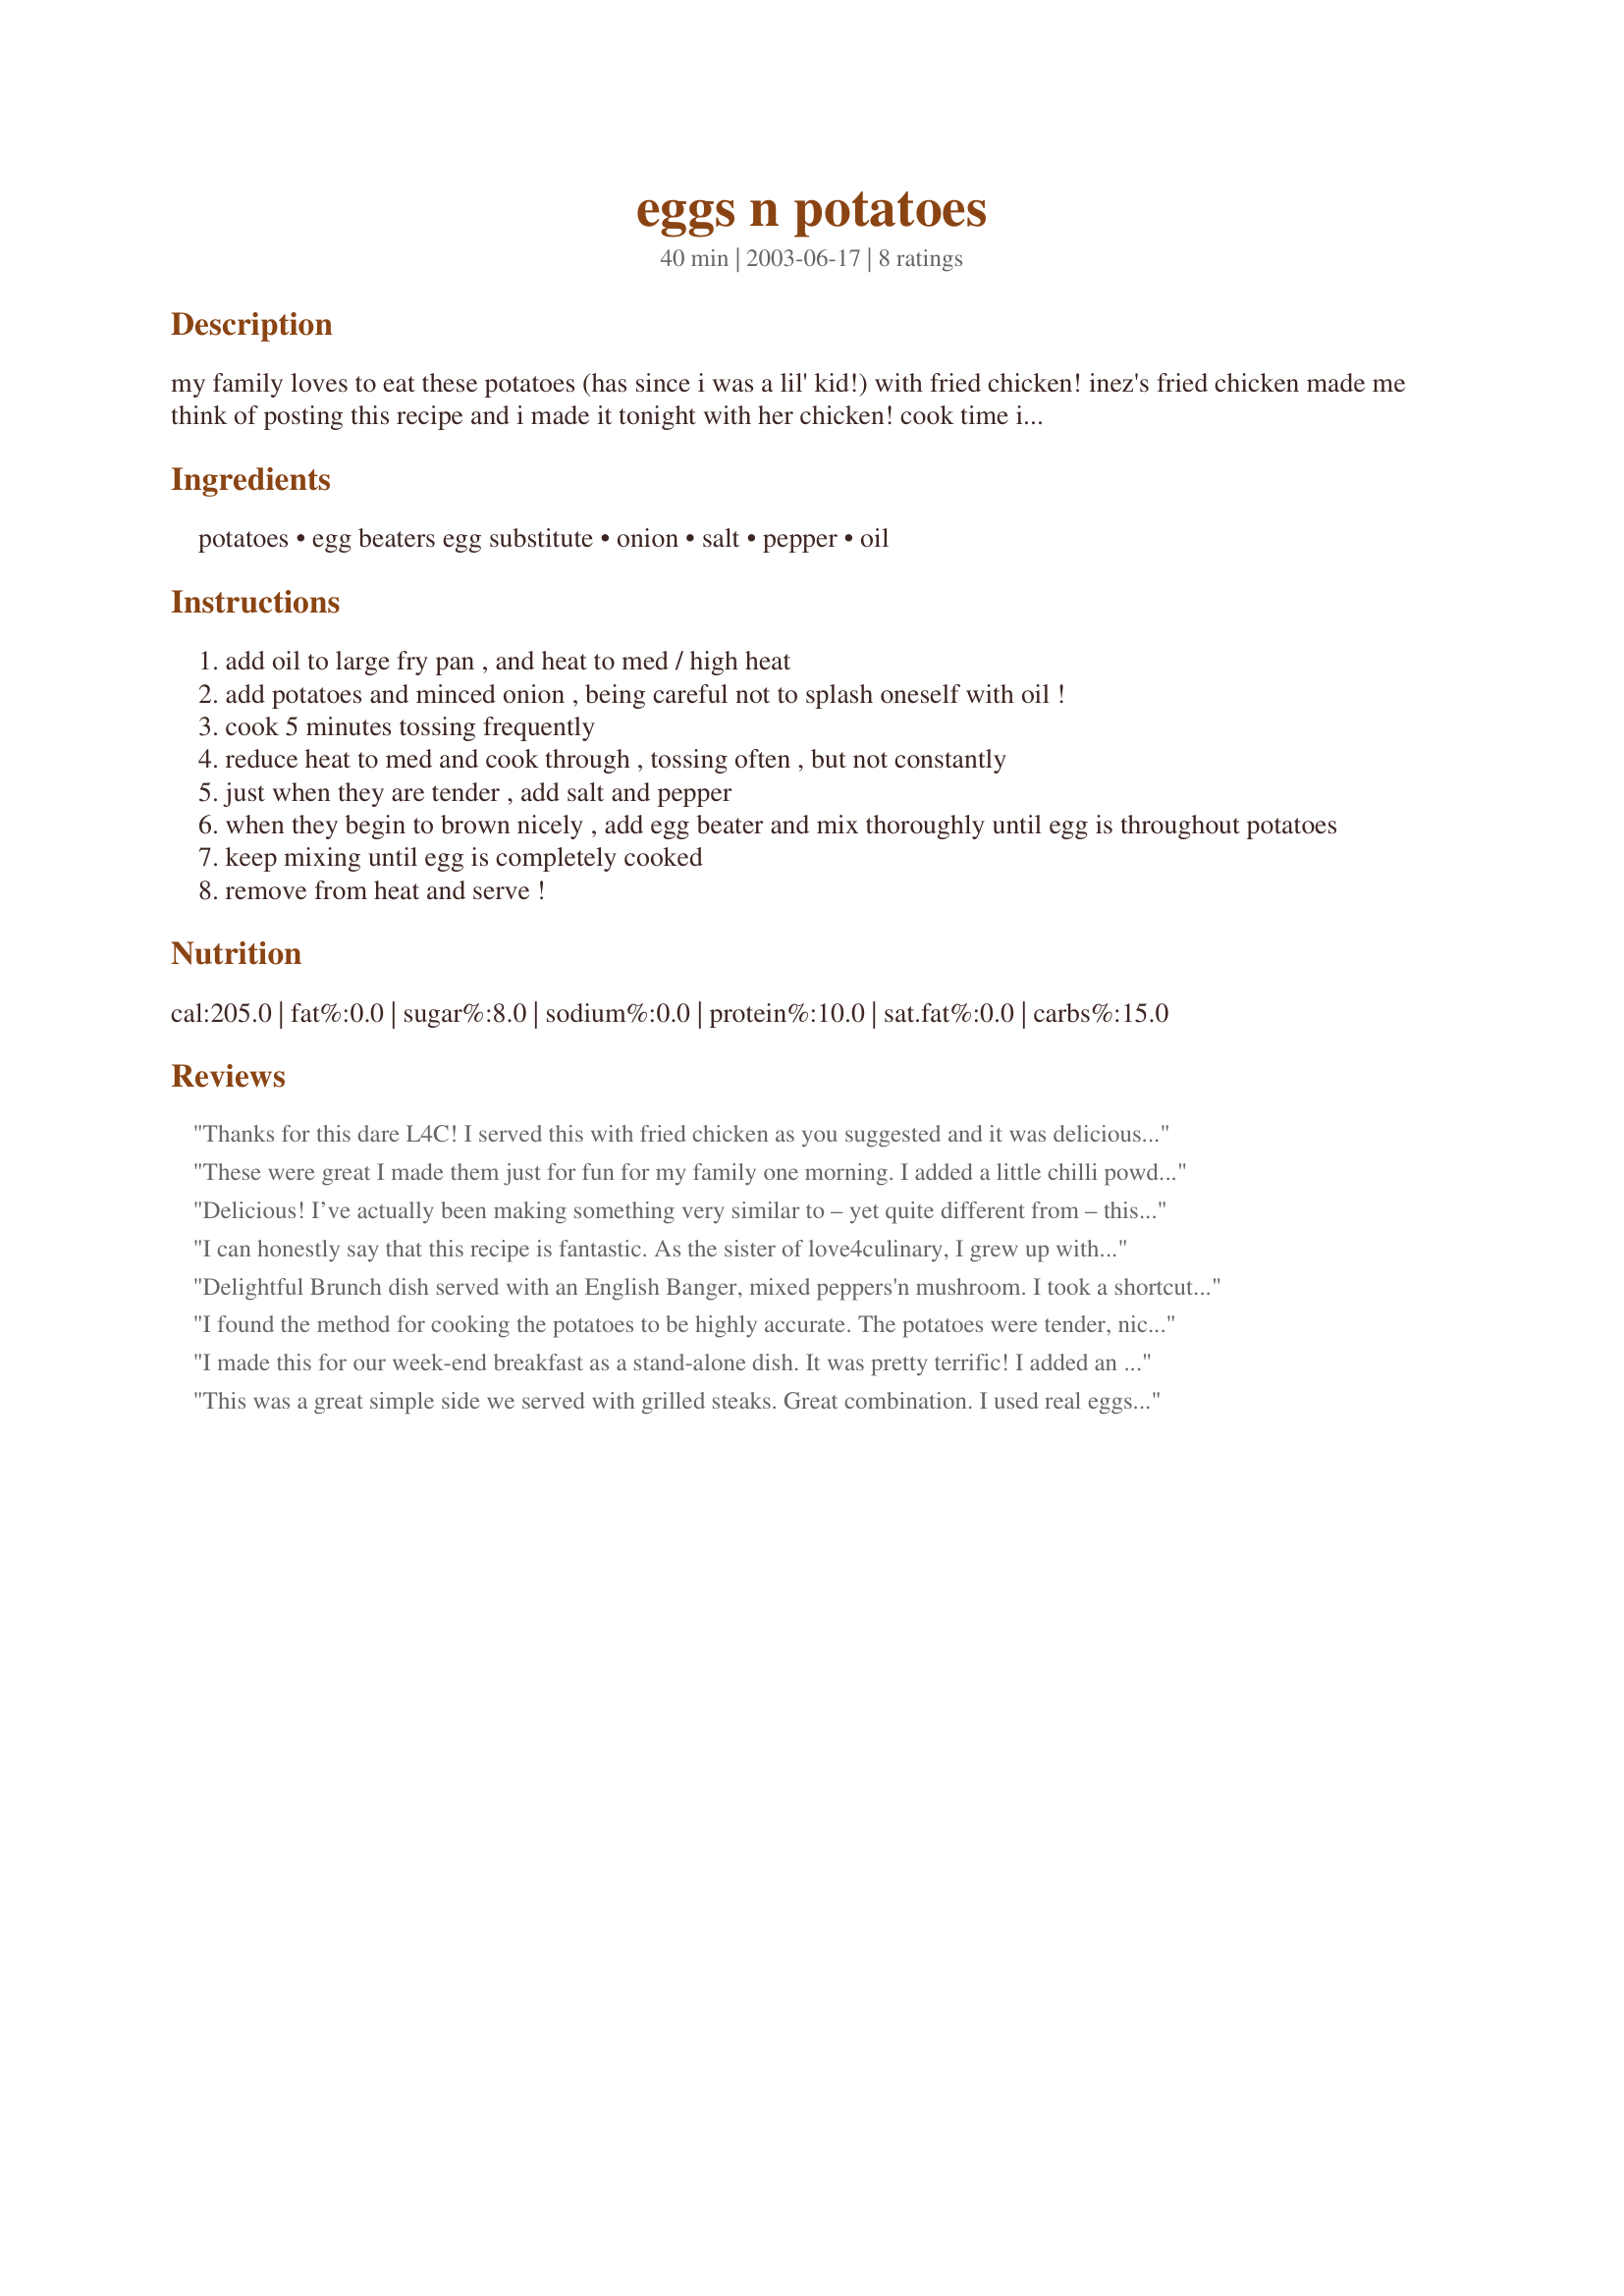
eggs n potatoes
Preparation time: 40 minutes

my family loves to eat these potatoes (has since i was a lil' kid!) with fried chicken! inez's fried chicken made me think of posting this recipe and i made it tonight with her chicken! cook time is an estimate... it can vary!

Ingredients:
potatoes, egg beaters egg substitute, onion, salt, pepper, oil

Steps:
add oil to large fry pan , and heat to med / high heat
add potatoes and minced onion , being careful not to splash oneself with oil !
cook 5 minutes tossing frequently
reduce heat to med and cook through , tossing often , but not constantly
just when they are tender , add salt and pepper
when they begin to brown nicely , add egg beater and mix thoroughly until egg is throughout potatoes
keep mixing until egg is completely cooked
remove from heat and serve !

Reviews:
Thanks for this dare L4C! I served this with fried chicken as you suggested and it was delicious. The only change I made was to add some shredded cheddar with the eggs. The children really enjoyed this and my son suggested making this for a breakfast dish also. I think I may try that when school begins again. If I do, I'll probably add in some bacon or cubed ham and serve with biscuits for a quick delicious breakfast!
These were great I made them just for fun for my family one morning. I added a little chilli powder to add a little more flavor, but they&#039;re great by themselves.
Delicious! I’ve actually been making something very similar to – yet quite different from – this recipe for years. The proportions of potatoes to eggs are quite different: I’ve used considerably less potato and rather more egg. I’ve added garlic in with the potatoes when they were first added to the pan; and once the beaten eggs (to which I’ve added herbs) were poured over the potatoes and have begun to set, I’ve usually added a handful of grated cheese; then stuck the pan under the grill for a minute or two. This dish I’ve always called a chip omelet! love4culinary’s Eggs n' Potatoes recipe: much the same ingredients, VERY different final result! Except for adding chopped garlic with the onion into the pan with the finely diced potatoes, and then adding some oregano in with the eggs, I made this dish exactly according to love 4culinary’s ratio of potato to eggs and according to her instructions, which were very clear and easy to follow. I used eggs not egg substitutes. And the end result was an absolutely delicious potato dish: suitable as a side dish, as a light meal at any time of day and as Dreamgoddess’ son suggested as a great breakfast dish. Thank you, love 4culinary, for guiding me to a really delicious variation of my own chip omelet recipe!
I can honestly say that this recipe is fantastic. As the sister of love4culinary, I grew up with this dish as well and still make it often myself. I put ketchup on mine. Keep posting those great recipes kiddo.
Delightful Brunch dish served with an English Banger, mixed peppers'n mushroom. I took a shortcut - I always make extra oven fries on Saturday night then just cut them up like hash browns & heat. Love the onion with the eggs. Thanks love4culinary for a delicious Sunday Brunch.
I found the method for cooking the potatoes to be highly accurate. The potatoes were tender, nicely browned, and tasted very good. I made this as a breakfast main dish, and when I do make this again I will add extra eggs. However, the description clearly mentions that the recipe poster serves this as a side dish and I felt the balance in that case to be perfect. I might also add some crumbled bacon next time for added flavor.
I made this for our week-end breakfast as a stand-alone dish. It was pretty terrific! I added an extra egg, as I wanted it to be more of an egg dish, rather than a potato dish. I also melted a little cheese on top to finish it off. Yum! This is a superb base-recipe to which the variations could be endless! (I diced the spuds quite small, & let them cook on the higher heat for several extra minutes, as we like ours quite browned & crispy!) Thanks for posting!
This was a great simple side we served with grilled steaks. Great combination. I used real eggs and a whole small onion. Next time I will maybe use more onion (we love onion) and maybe even some cheese. I had to cook the potatoes for about 35 minutes. Thanks love! It was a good dish and it was a hit with the man too!
